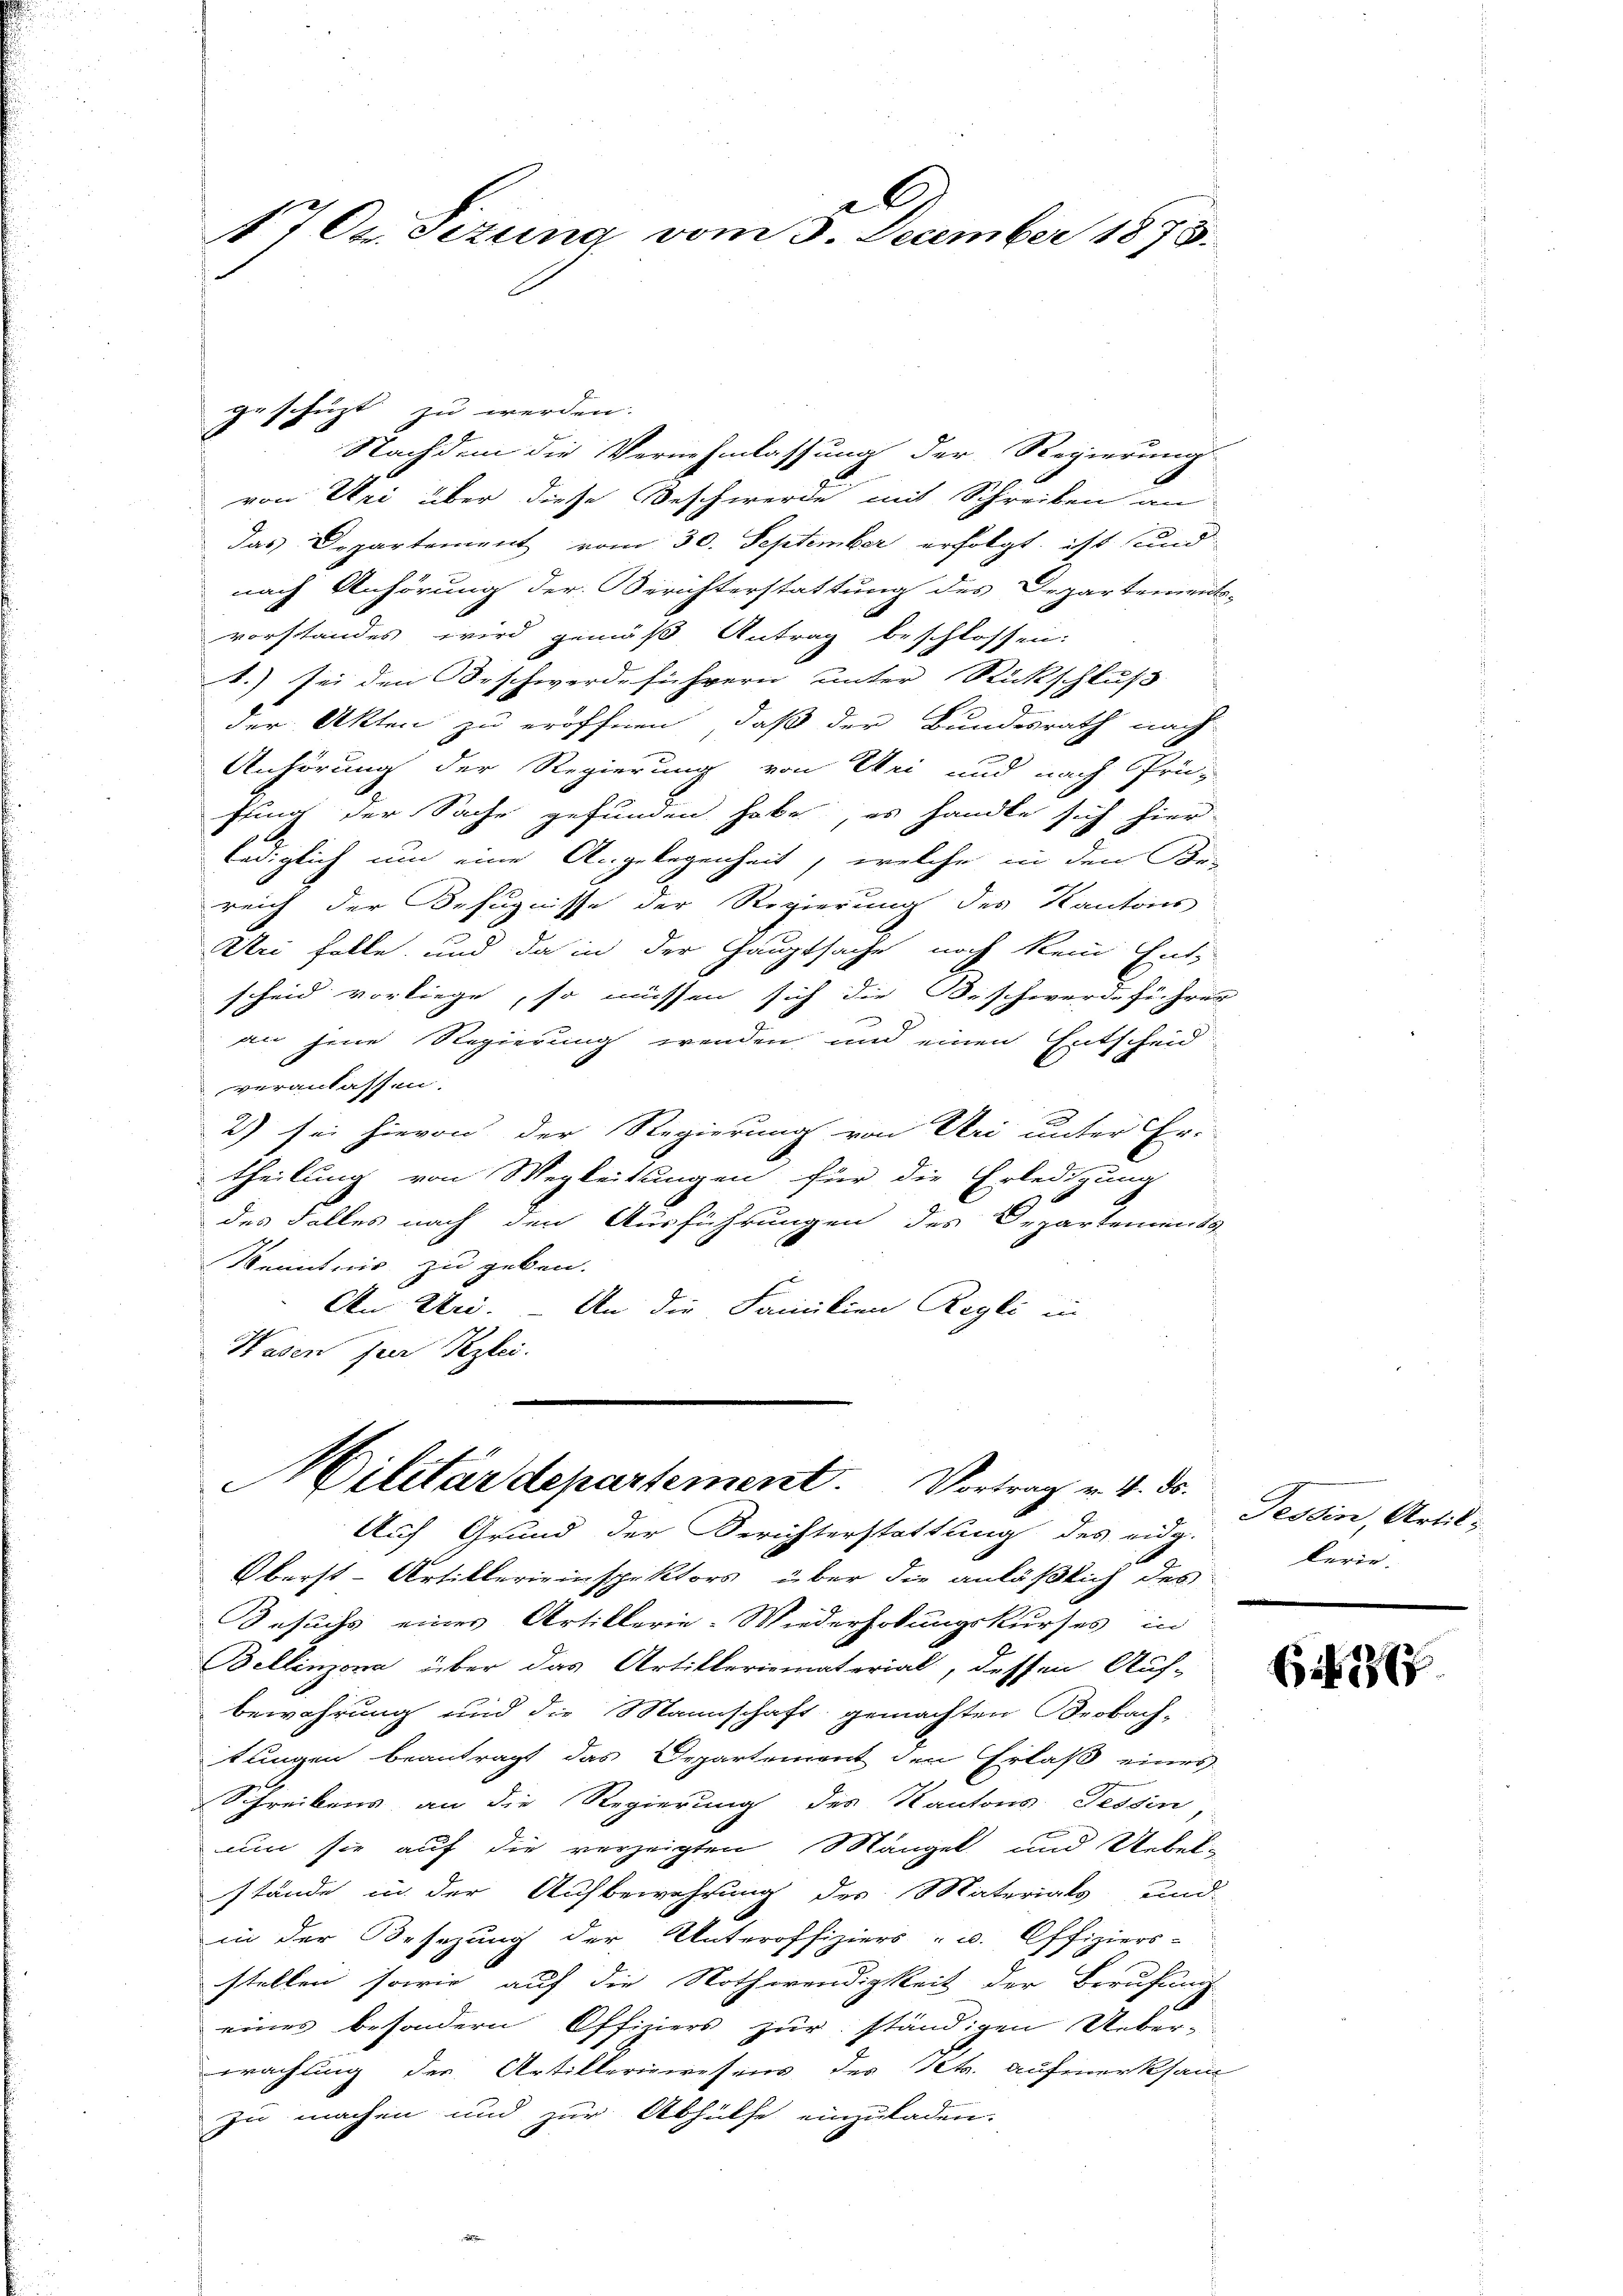
C
17 Oxsezung vom 3. December 1873.

geschüzt zu werden.
Nachdem die Vernehmlassung der Regierung
von Uri über diese Beschwerde mit Schreiben an
das Departement vom 30. September erfolgt, ist und
nach Anhörung der Kirchterstattung des Departements-
vorstandes wird gemäß Antrag beschlossen:
t.) sei den Beschwerdeführern unter Rückschluß
der Akten zu eröffnen, daß der Bundesrath nach-
Anhörung der Regierung von Uri und nach Prü-
fung der Sache gefunden habe, es handle sich hier
lediglich um eine Angelegenheit, welche in den Be-
reich der Befugnisse der Regierung des Kantons
Ani folle, und da in der Hauptsache noch kein Ent-
scheid vorliege, so müssen sich die Beschwerdeführer
an jene Regierung wenden und einen Entscheid
veranlassen.
2) sei hievon der Regierung von Uri unter Er-
theilung von Wegleitungen für die Erledigung
des Falles nach den Ausführungen des Departement
Kenntnis zu geben.
An Uri. — An die Familien Regli in
Hasen per Pezlei.
n

Oberst-Artillereinspektors über die anläßlich des
Gesuchs eines Artillerie-Wiederholungskurses in
Bellinzona über das Artilleriematerial, dessen Auf-
bewahrung und die Mannschaft gemachten Beobach-
tungen beantragt das Departemont den Erlaß eines
Schreibens an die Regierung des Kantons Tessin
um sie auf die verzeigten Mangel und Uebel-
stände in der Aufbewahrung des Materials und
in der Besezung der Unteroffiziers- u. Offiziers-
stellen sowie auf die Nothwendigkeit der Berufung
eines besondern Offiziers zur ständigen Ueber-
wachtung der Artilleriewesens des Kt. Aufmerksam
zu machen und zur Abhülfe einzuladen.

Militärdepartement. Vortrag v. 4. ds.
Auf Grund der Berichterstattung des eidg.

Tessin, Artil
kerin.

6i 186